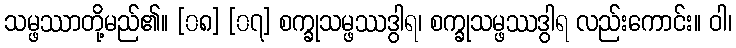
သမ္ဖဿာတို့မည်၏။ [၀၈] [၀၇] စက္ခုသမ္ဖဿဒွါရ၊ စက္ခုသမ္ဖဿဒွါရ လည်းကောင်း။ ဝါ၊